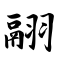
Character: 翮